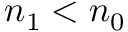
n _ { \mathrm { 1 } } < n _ { \mathrm { 0 } }